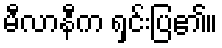
မီလာနီက ရှင်းပြ၏။